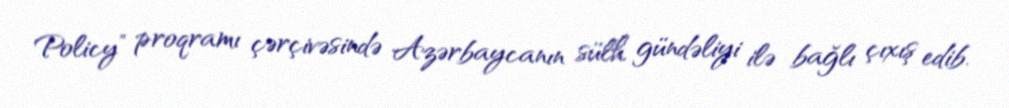
Policy” proqramı çərçivəsində Azərbaycanın sülh gündəliyi ilə bağlı çıxış edib.